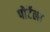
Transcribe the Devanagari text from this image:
पोर्टेला